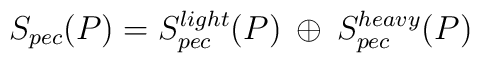
S_{pec}(P)=S_{pec}^{light}(P)\: \oplus \: S_{pec}^{heavy}(P)